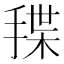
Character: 𰔊